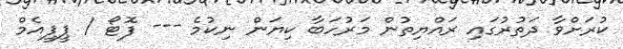
ކުރަށްވާ ދަތުރުގައި ރައްޔިތުން މަރުހަބާ ކިޔަން ނިކުމެ --- ފޮޓޯ / ޕީޕީއެމް